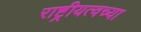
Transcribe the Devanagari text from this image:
राष्ट्रीयत्वच्या